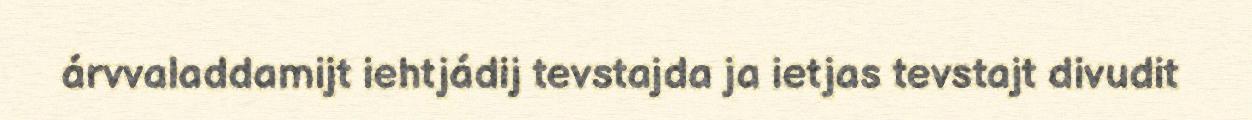
árvvaladdamijt iehtjádij tevstajda ja ietjas tevstajt divudit